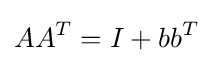
AA^{T}=I+bb^{T}